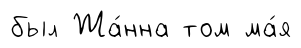
был Жа́нна том ма́я